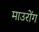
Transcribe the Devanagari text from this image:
माउरोंग